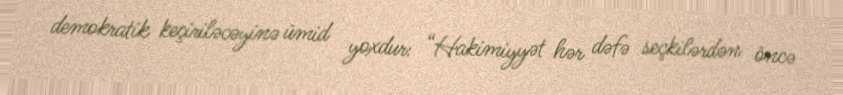
demokratik keçiriləcəyinə ümid yoxdur: “Hakimiyyət hər dəfə seçkilərdən öncə